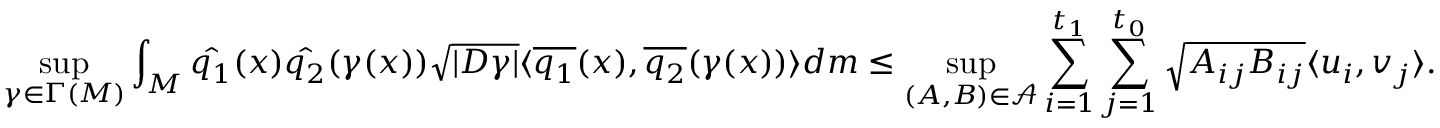
\operatorname* { s u p } _ { \gamma \in \Gamma ( M ) } \int _ { M } \hat { q _ { 1 } } ( x ) \hat { q _ { 2 } } ( \gamma ( x ) ) \sqrt { | D \gamma | } \langle \overline { { q _ { 1 } } } ( x ) , \overline { { q _ { 2 } } } ( \gamma ( x ) ) \rangle d m \leq \operatorname* { s u p } _ { ( A , B ) \in \mathcal { A } } \sum _ { i = 1 } ^ { t _ { 1 } } \sum _ { j = 1 } ^ { t _ { 0 } } \sqrt { A _ { i j } B _ { i j } } \langle u _ { i } , v _ { j } \rangle .